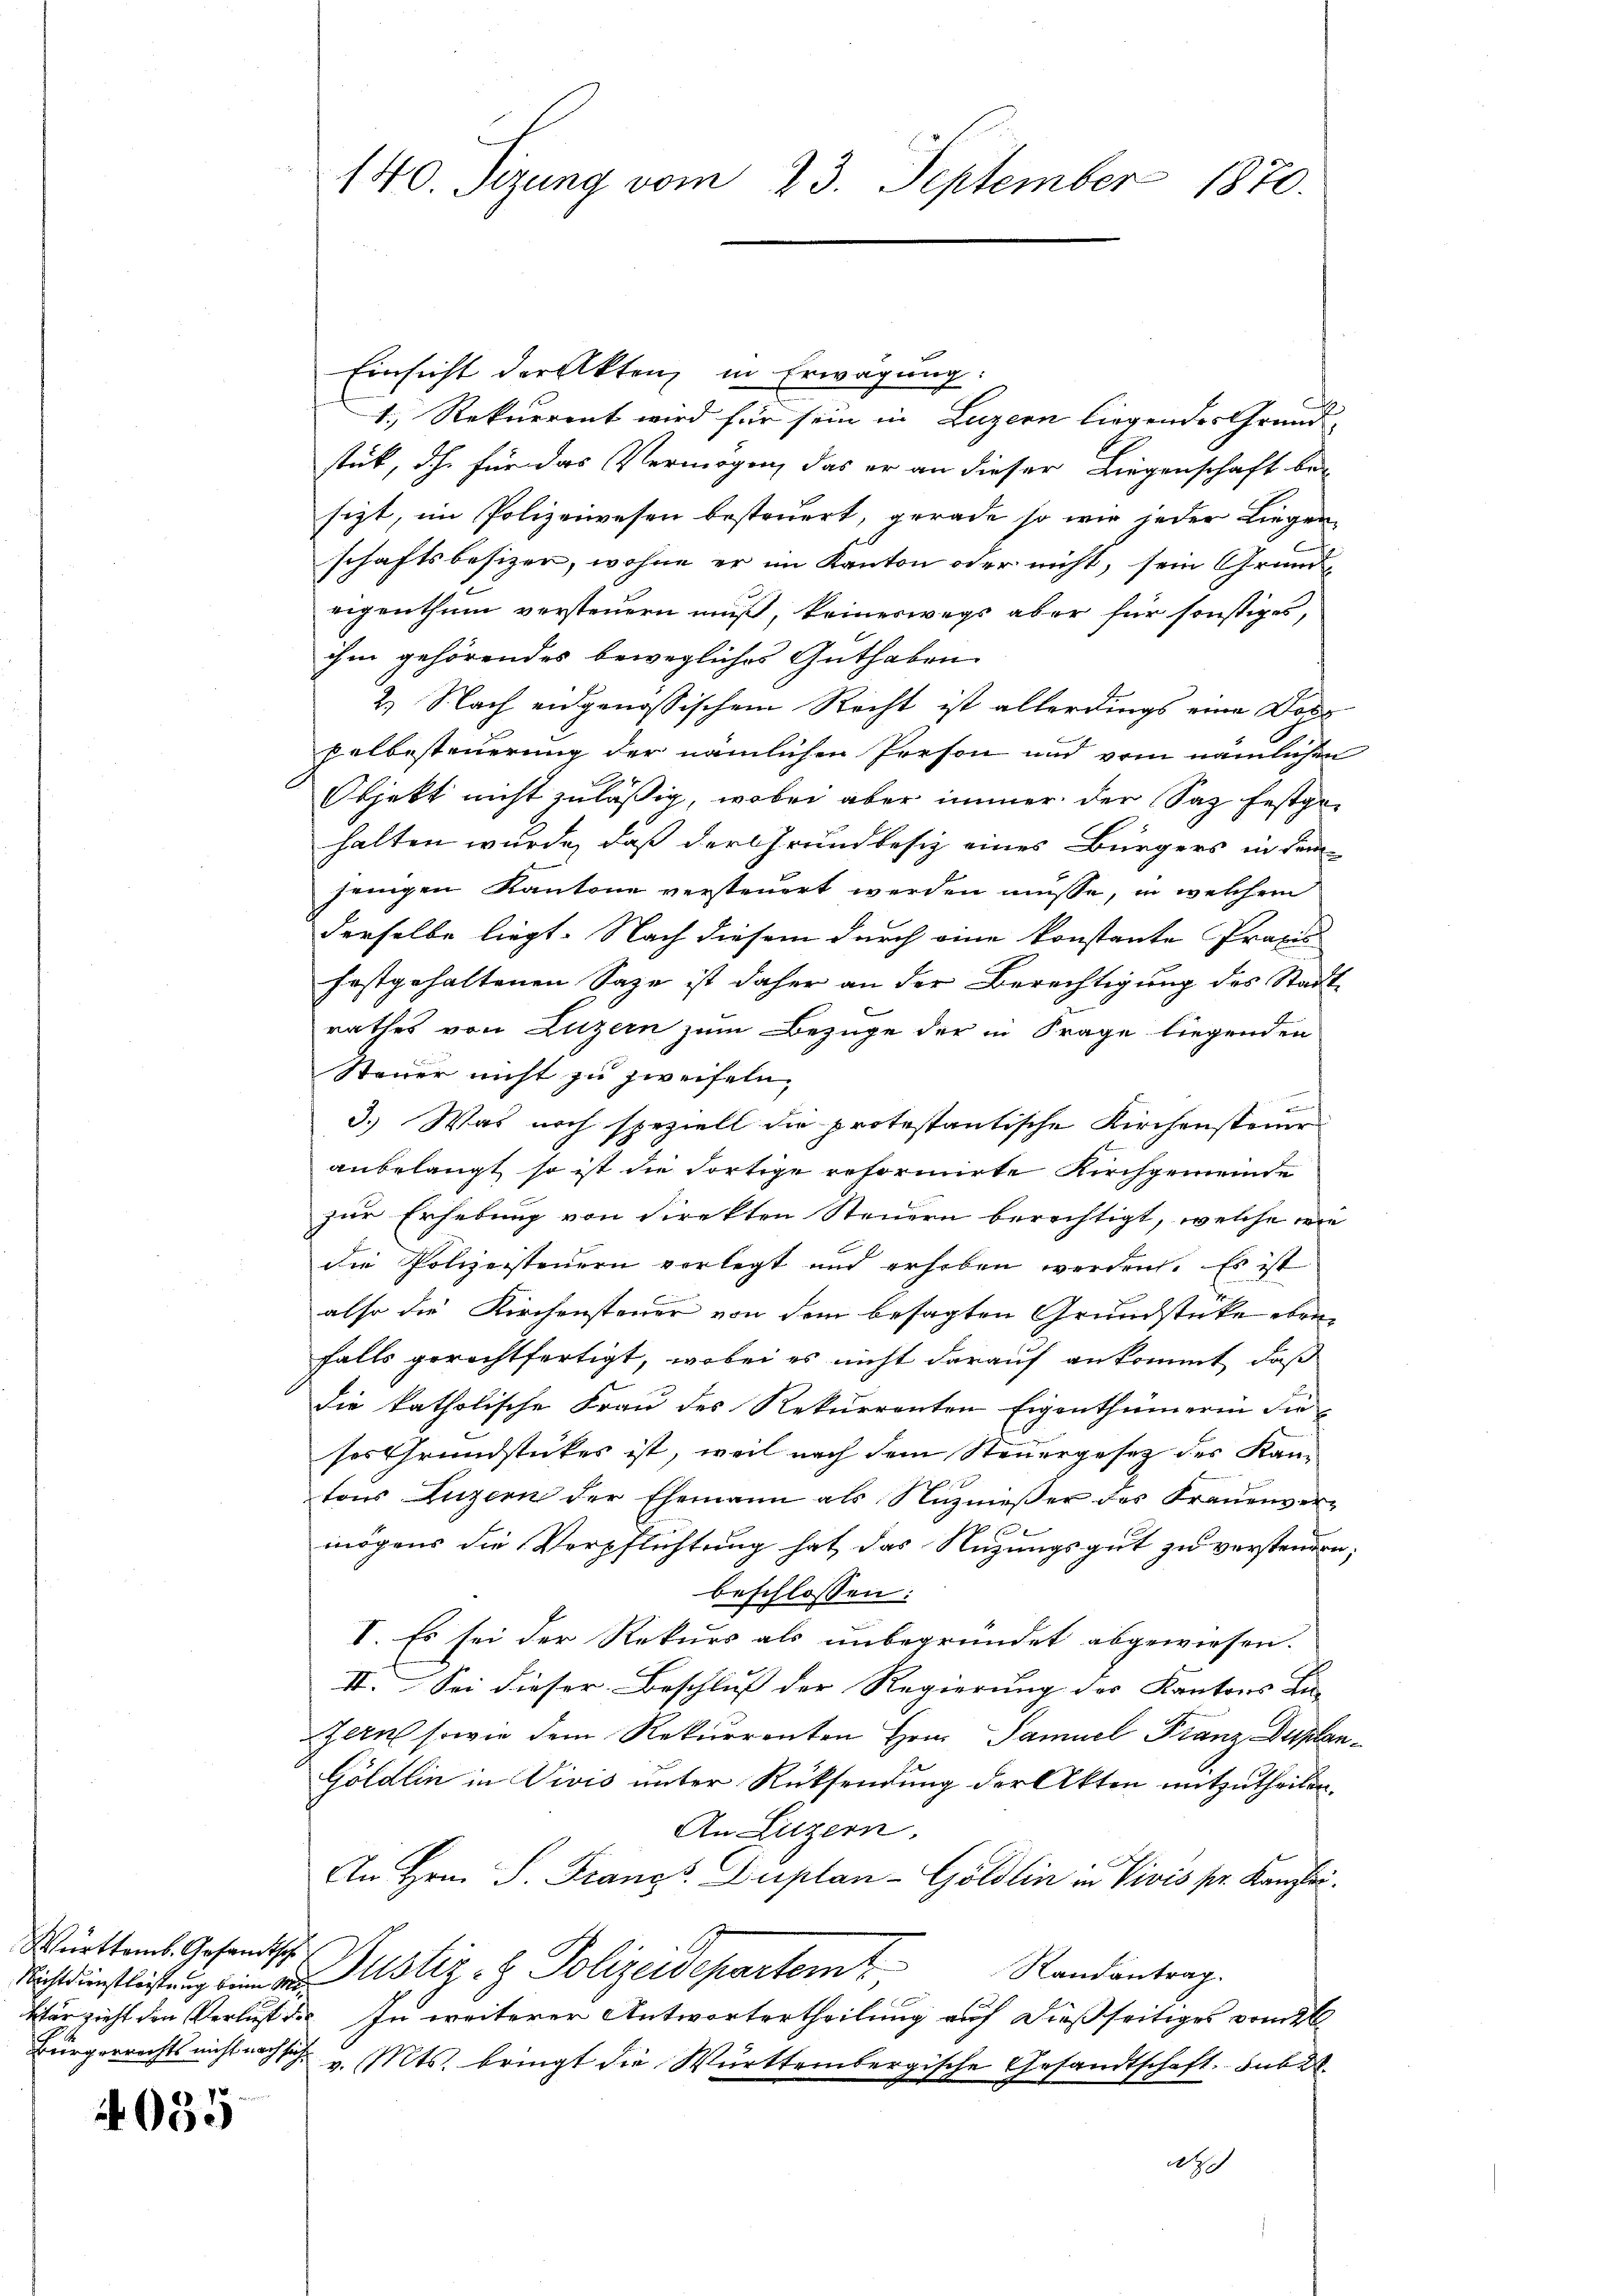
Württemb. Gesandtsche

4035

Einsicht der Akten in Erwägung:
1.) Rekurrent wird für sein in Luzern liegendes Grund-
stück, dh für das Vermögen, das er an dieser Liegenschaft be-
sizt, im Polizeiwesen besteuert, gerade so wir jeder Liegenschaftsbesizen, wohne er im Kanton oder nicht, sein Grund-
eigenthum versteuern muß, keineswegs aber für sonstiges,
ihm gehörendes bewegliches Guthaben
2. Nach eidgenössischem Recht ist allerdings eine Doze
palbesteuerung der nämlichen Person und vom nämlichen
Objekt nicht zulässig, wobei aber immer der Saz festgehalten wurde, daß der Grundbesiz eines Bürgers in dem
jenigen Kantone versteuert werden müsse, in welchem
derselbe liegt. Nach diesem durch eine konstante Präses
festgehaltenen Sage ist daher an der Berechtigung des Stadtrathes von Luzern zum Bezuge der in Frage liegenden
Steuer nicht zu zweifeln.
3.) Was noch speziell die protestantische Kirchensteine
anbelangt so ist die dortige reformirte Kirchgemeinde
zur Erhebung von direkten Steuern berechtigt, welche wie
die Polizeisteuern vorlegt und erhoben werden. Es ist
also die Kirchensteuer von dem besagten Grundstücke eben
falls gerechtfertigt, wobei es nicht darauf ankommt, daß
die katholische Frau des Rekurrenten Eigenthümerin dieses Grundstückes ist, weil nach dem Steuergesetz des Kantons Luzern der Ehemann als Nutznieβer des Frauenver-
t
mögens die Verpflichtung hat das Nuzungsgut zu verstenden;
beschlossen:
I. Es sei der Rekurs als unbegründet abgewiesen.
II. Sei dieser Beschluß der Regierung der Kantons Lie- |
Zeen sowie dem Rekurrenten Hrn. Samuel Franz Duplan¬
Göldlin in Vivis unter Rücksendung der Akten mitzutheilen.
An Luzern.
An Hrn. P. Francs Duplan- Göldlin in Vivis pr. Kanzlei.
Nichtdienstlichtung ein ein Rustiz- & Polizeidepartem Randantrag.
kter sieht den Verlust da. In weiterer Antwortertheilung auf dießseitiges vom 26
Bürgerrechts nicht nach v. Mts. bringt die Württembergische Gesandtschaft. sub 28.
ach

140. Sizung vom 23. September 1870.